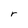
Character: r